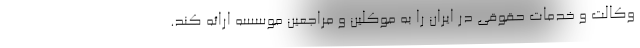
وکالت و خدمات حقوقی در ایران را به موکلین و مراجعین موسسه ارائه کند.